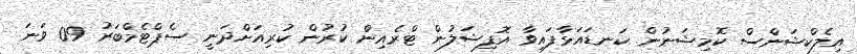
އިލެކްޝަންސް ކޮމިޝަނުން ކަނޑައަޅާފައިވާ އޮފިޝަލުން ޓްރެއިން ކުރުން ކުރިއަށްދަނީ ސެޕްޓެމްބަރު 09 ވަނަ